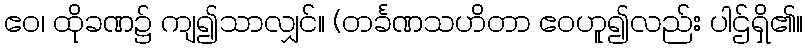
ဧဝ၊ ထိုခဏ၌ ကျ၍သာလျှင်။ (တင်္ခဏသဟိတာ ဧဝဟူ၍လည်း ပါဌ်ရှိ၏။